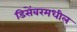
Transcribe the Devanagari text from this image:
डिसेंबरमधील